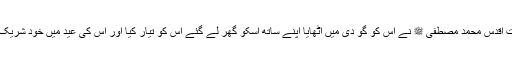
حضرت اقدس محمد مصطفی ﷺ نے اس کو گو دی میں اٹھایا اپنے ساتھ اسکو گھر لے گئے اس کو تیار کیا اور اس کی عید میں خود شریک ہوئے۔